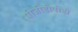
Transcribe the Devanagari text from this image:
पीजीडीपीडी